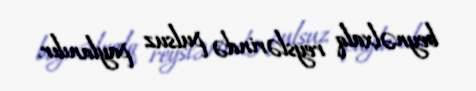
beynəlxalq reyslərində pulsuz paylanılır.